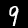
Label: 9